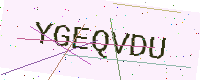
Text: YGEQVDU